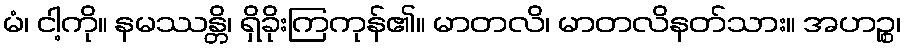
မံ၊ ငါ့ကို။ နမဿန္တိ၊ ရှိခိုးကြကုန်၏။ မာတလိ၊ မာတလိနတ်သား။ အဟဉ္စ၊